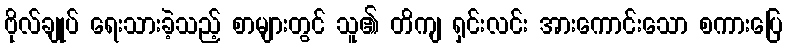
ဗိုလ်ချုပ် ရေးသားခဲ့သည့် စာများတွင် သူ၏ တိကျ ရှင်းလင်း အားကောင်းသော စကားပြေ